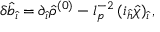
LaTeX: \delta { \hat { b } } _ { \hat { \imath } } = \partial _ { \hat { \imath } } { \hat { \rho } } ^ { ( 0 ) } - l _ { p } ^ { - 2 } \, ( i _ { \hat { h } } { \hat { \chi } } ) _ { \hat { \imath } } \, ,